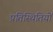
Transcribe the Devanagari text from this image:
प्रतिस्थितियों